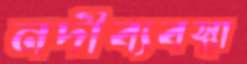
নদীব্যবস্থা